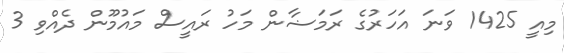
މިއީ 1425 ވަނަ އަހަރުގެ ރަމަޟާން މަހު ރައީސް މައުމޫން ދެއްވި 3